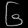
Digit: ၆